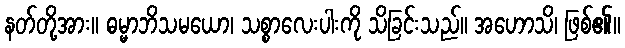
နတ်တို့အား။ ဓမ္မာဘိသမယော၊ သစ္စာလေးပါးကို သိခြင်းသည်။ အဟောသိ၊ ဖြစ်၏။